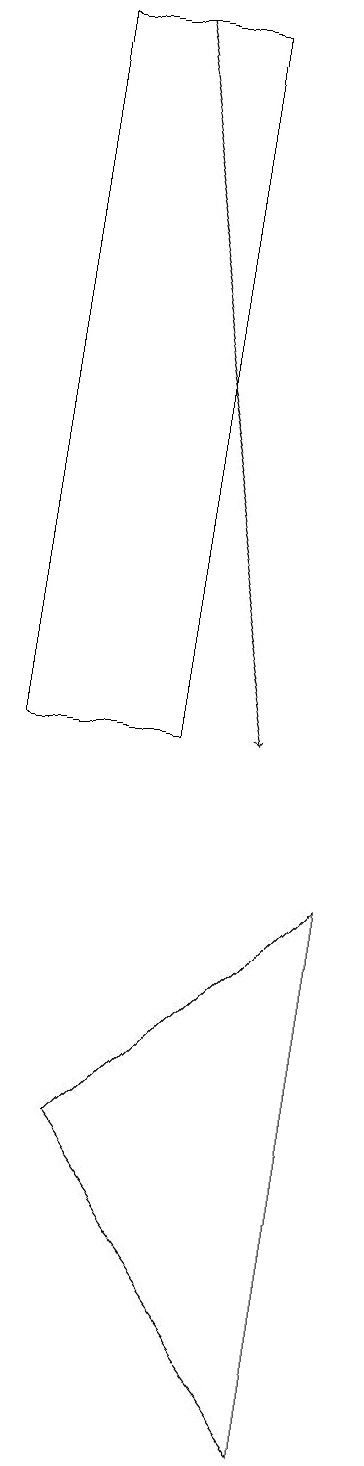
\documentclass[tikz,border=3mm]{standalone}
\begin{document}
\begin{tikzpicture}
\draw (4,1) -- (4,8) -- (1,5) -- cycle;
\draw (0,10) rectangle (2,19);
\draw[->] (1,19) -- (3,10);
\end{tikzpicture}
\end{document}